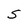
Character: S